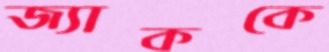
জ্যাককে